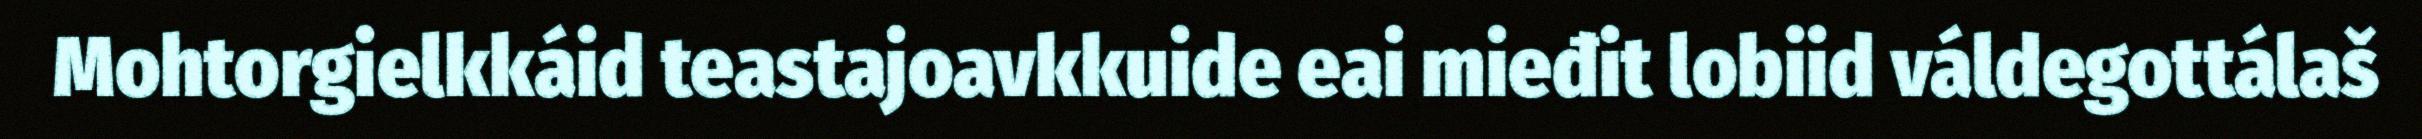
Mohtorgielkkáid teastajoavkkuide eai mieđit lobiid váldegottálaš